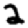
Digit: 2